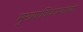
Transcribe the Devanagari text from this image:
मुख्याधिकाऱ्यांच्या